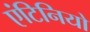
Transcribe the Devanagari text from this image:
एंटिनियो